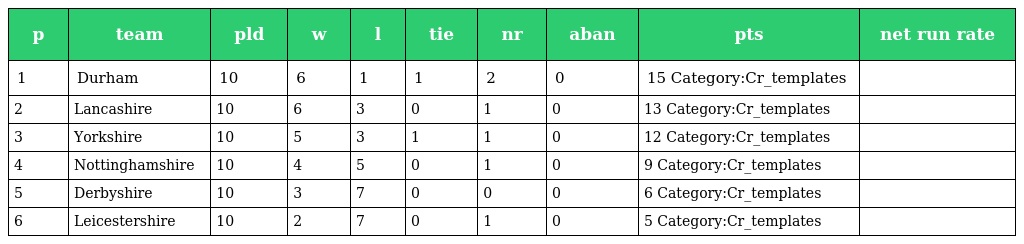
| p | team | pld | w | l | tie | nr | aban | pts | net run rate |
 | --- | --- | --- | --- | --- | --- | --- | --- | --- | --- |
 | 1 | Durham | 10 | 6 | 1 | 1 | 2 | 0 | 15 Category:Cr_templates |  |
 | 2 | Lancashire | 10 | 6 | 3 | 0 | 1 | 0 | 13 Category:Cr_templates |  |
 | 3 | Yorkshire | 10 | 5 | 3 | 1 | 1 | 0 | 12 Category:Cr_templates |  |
 | 4 | Nottinghamshire | 10 | 4 | 5 | 0 | 1 | 0 | 9 Category:Cr_templates |  |
 | 5 | Derbyshire | 10 | 3 | 7 | 0 | 0 | 0 | 6 Category:Cr_templates |  |
 | 6 | Leicestershire | 10 | 2 | 7 | 0 | 1 | 0 | 5 Category:Cr_templates |  |